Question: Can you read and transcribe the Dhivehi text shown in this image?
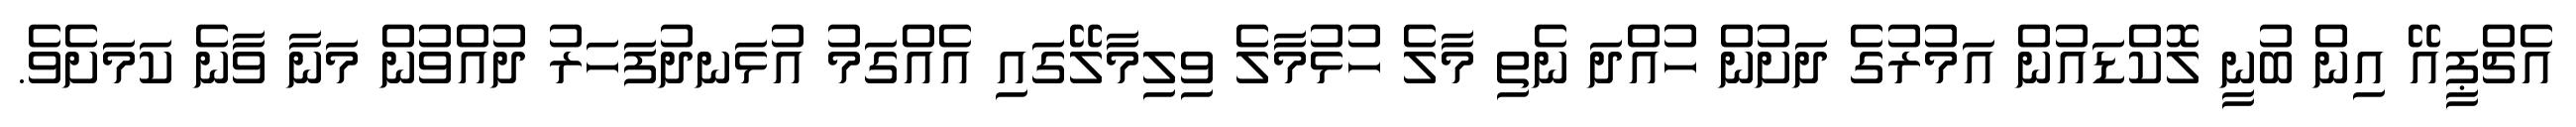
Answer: އެޗްޕީއޭ އިން ބުނީ ލޮކްޑައުން އަމުރުގެ ދަށުން ހުއްދަ ނެތި މާލެ ހުޅުމާލެ ވިލިމާލޭގައި އެއްގަމު އުޅަނދުފަހަރު ދުއްވުން މަނާ ވާނެ ކަމަށެވެ.